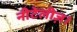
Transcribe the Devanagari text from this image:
नीटेलीज़।